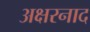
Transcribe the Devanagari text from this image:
अक्षरनाद